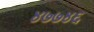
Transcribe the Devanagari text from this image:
४७७४६